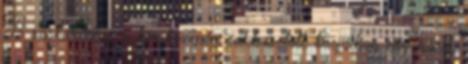
A sáskaharcos a kör közepén gubbasztott, karjaiban egy másik,